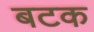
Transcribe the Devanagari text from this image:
बटक